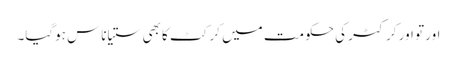
اور تو اور کرکٹر کی حکومت میں کرکٹ کا بھی ستیاناس ہوگیا۔